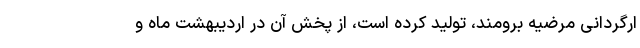
ارگردانی مرضیه برومند، تولید کرده است، از پخش آن در اردیبهشت ماه و